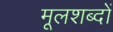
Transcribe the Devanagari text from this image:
मूलशब्दों